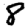
Digit: 8